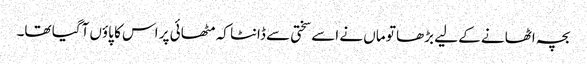
بچہ اٹھانے کے لیے بڑھا تو ماں نے اسے سختی سے ڈانٹا کہ مٹھائی پر اس کا پاؤں آگیا تھا۔